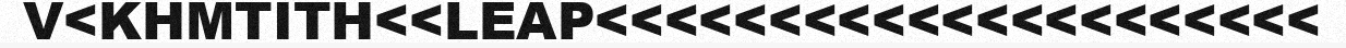
V<KHMTITH<<LEAP<<<<<<<<<<<<<<<<<<<<<